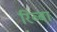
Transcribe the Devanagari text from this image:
रिब्बा